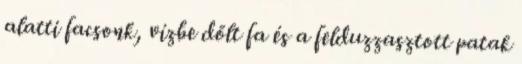
alatti facsonk, vízbe dőlt fa és a felduzzasztott patak